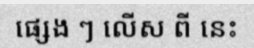
ផ្សេង ៗ លើស ពី នេះ